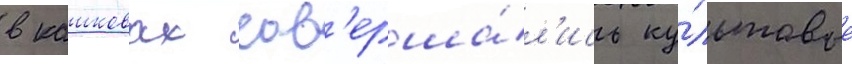
в кашковах сов'ерша́л'ись ку́льтовые